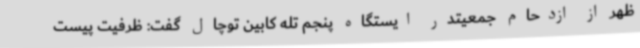
ظهر از ازدحام جمعیتدر ایستگاه پنجم تله کابین توچال گفت: ظرفیت پیست